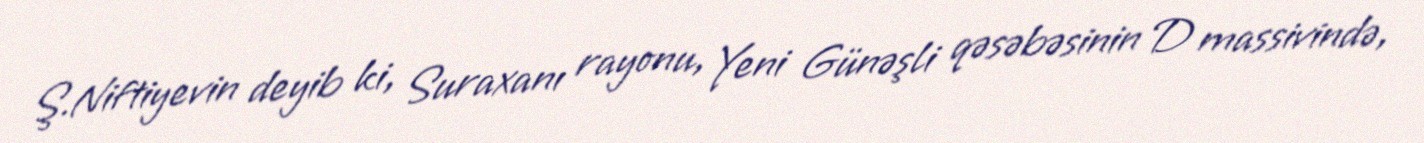
Ş.Niftiyevin deyib ki, Suraxanı rayonu, Yeni Günəşli qəsəbəsinin D massivində,